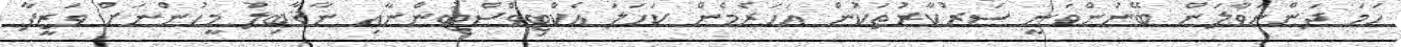
ހަމަ ދަންނަވާލަން ބޭނުންވަނީ ސަރުކާރުތަކުން އަހަރެމެން ކަހަލަ އެކްޓިވްސްޓުންނާއި ނާޤާބިލު މީހުންނަށް ވަޒީފާ